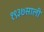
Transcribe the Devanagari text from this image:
१९३७साली